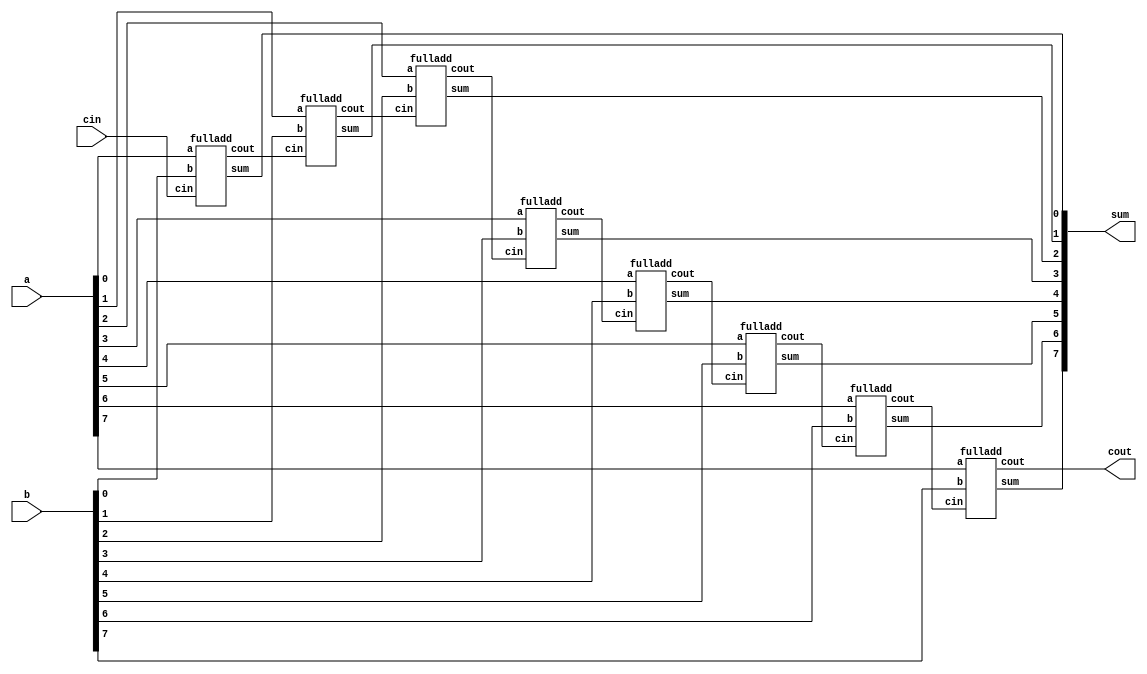
module eightripplemod(a, b, cin, sum, cout);

input [7:0] a;
input [07:0] b;
input cin;

output [7:0]sum;
output cout;

wire[6:0] c;

fulladd a1(a[0],b[0],cin,sum[0],c[0]);

fulladd a2(a[1],b[1],c[0],sum[1],c[1]);

fulladd a3(a[2],b[2],c[1],sum[2],c[2]);

fulladd a4(a[3],b[3],c[2],sum[3],c[3]);

fulladd a5(a[4],b[4],c[3],sum[4],c[4]);

fulladd a6(a[5],b[5],c[4],sum[5],c[5]);

fulladd a7(a[6],b[6],c[5],sum[6],c[6]);

fulladd a8(a[7],b[7],c[6],sum[7],cout);

endmodule

module fulladd(a, b, cin, sum, cout);

input a;

input b;

input cin;

output sum;

output cout;

assign sum=(a^b^cin);

assign cout=((a&b)|(b&cin)|(a&cin));

endmodule